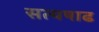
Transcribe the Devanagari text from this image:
सत्यषाढ